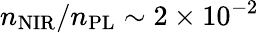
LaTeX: n_{\mathrm{NIR}}/n_{\mathrm{PL}}\sim 2\times 10^{-2}